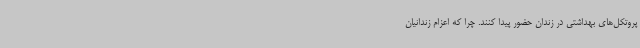
پروتکل‌های بهداشتی در زندان حضور پیدا کنند. چرا که اعزام زندانیان